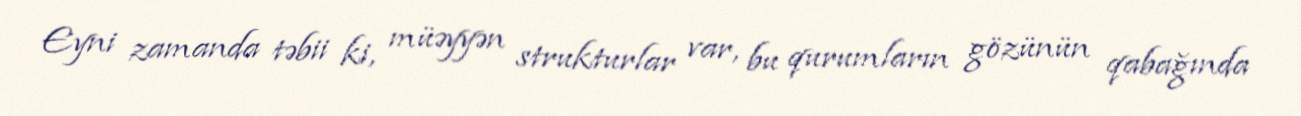
Eyni zamanda təbii ki, müəyyən strukturlar var, bu qurumların gözünün qabağında